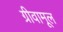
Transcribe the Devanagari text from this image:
ग्रीवामूल